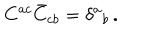
LaTeX: C ^ { a c } \bar { C } _ { c b } = \delta ^ { a } { } _ { b } \, .